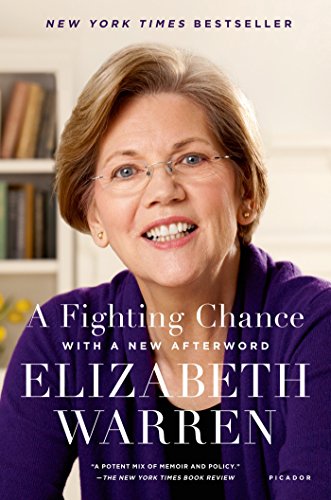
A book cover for A Fighting Chance; Elizabeth Warren; Biographies & Memoirs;